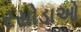
રસોડાઓ